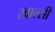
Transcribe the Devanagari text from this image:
खाल्सी